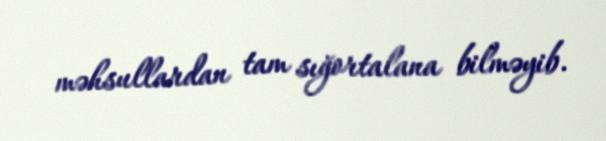
məhsullardan tam sığortalana bilməyib.